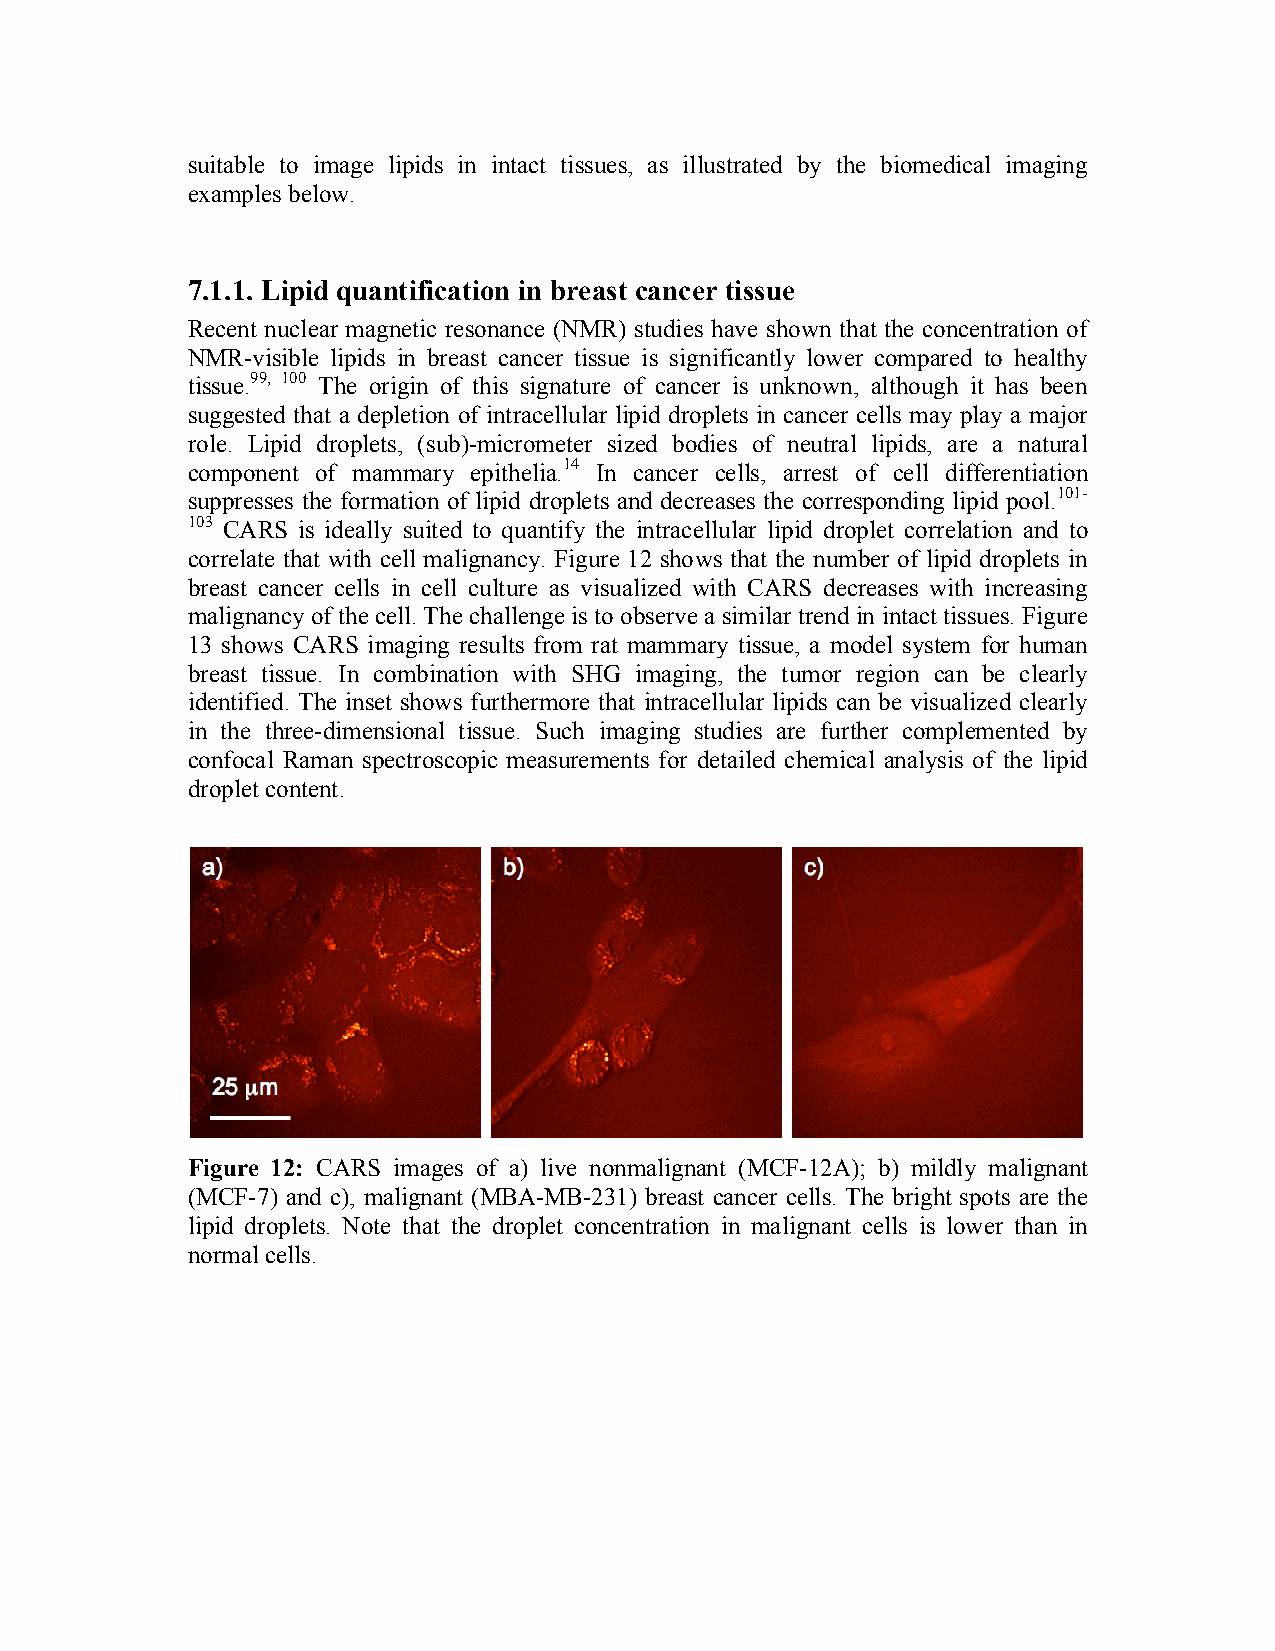
suitable to image lipids in intact tissues, as illustrated by the biomedical imaging
 examples below.
 7.1.1. Lipid quantification in breast cancer tissue
 Recent nuclear magnetic resonance (NMR) studies have shown that the concentration of
 NMR-visible lipids in breast cancer tissue is significantly lower compared to healthy
 tissue.99, 100 The origin of this signature of cancer is unknown, although it has been
 suggested that a depletion of intracellular lipid droplets in cancer cells may play a major
 role. Lipid droplets, (sub)-micrometer sized bodies of neutral lipids, are a natural
 component of mammary epithelia.14 In cancer cells, arrest of cell differentiation
 suppresses the formation of lipid droplets and decreases the corresponding lipid pool.101-
 103 CARS is ideally suited to quantify the intracellular lipid droplet correlation and to
 correlate that with cell malignancy. Figure 12 shows that the number of lipid droplets in
 breast cancer cells in cell culture as visualized with CARS decreases with increasing
 malignancy of the cell. The challenge is to observe a similar trend in intact tissues. Figure
 13 shows CARS imaging results from rat mammary tissue, a model system for human
 breast tissue. In combination with SHG imaging, the tumor region can be clearly
 identified. The inset shows furthermore that intracellular lipids can be visualized clearly
 in the three-dimensional tissue. Such imaging studies are further complemented by
 confocal Raman spectroscopic measurements for detailed chemical analysis of the lipid
 droplet content.
 Figure 12: CARS images of a) live nonmalignant (MCF-12A); b) mildly malignant
 (MCF-7) and c), malignant (MBA-MB-231) breast cancer cells. The bright spots are the
 lipid droplets. Note that the droplet concentration in malignant cells is lower than in
 normal cells.